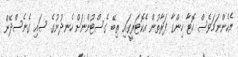
އެހެންނަމަވެސް ހޮޓާ ހިންގާ ފަރާތުން އެކޮޓަރީގައި ތިބޭ ގެސްޓުންނަށް ހެނދުނުގެ ސައި ގެނެސްދޭން